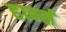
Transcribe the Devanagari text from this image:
हार्न्स